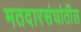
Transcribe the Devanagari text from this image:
मतदारसंघांतील